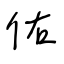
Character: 佑